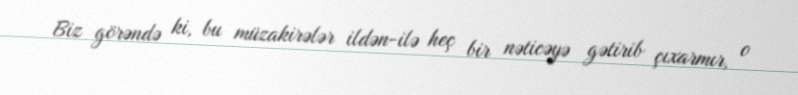
Biz görəndə ki, bu müzakirələr ildən-ilə heç bir nəticəyə gətirib çıxarmır, o